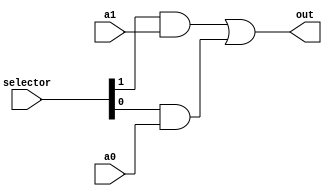
//=============================================
// 2-Channel, n-Bit Multiplexer with One-Hot Selector
//=============================================
//  parameter just lets us use a preprocessor directive to set 
//  a different value for BUS_WIDTH
//  1 is the default value
module Mux2 #(parameter BUS_WIDTH = 1) (a1, a0, selector, out);
	input [BUS_WIDTH-1:0] a1, a0;  // inputs
	input [1:0] selector; // one-hot select
	output[BUS_WIDTH-1:0] out;

	assign out = ({BUS_WIDTH{selector[1]}} & a1) |
                 ({BUS_WIDTH{selector[0]}} & a0) ;
endmodule


//=============================================
// 4-Channel, n-Bit Multiplexer with One-Hot Selector
//=============================================
//  parameter just lets us use a preprocessor directive to set 
//  a different value for BUS_WIDTH
//  1 is the default value
module Mux4 #(parameter BUS_WIDTH = 1) (a3, a2, a1, a0, selector, out);
	input [BUS_WIDTH-1:0] a3, a2, a1, a0;  // inputs
	input [3:0] selector; // one-hot select
	output[BUS_WIDTH-1:0] out;

	assign out = ({BUS_WIDTH{selector[3]}} & a3) | 
                 ({BUS_WIDTH{selector[2]}} & a2) | 
                 ({BUS_WIDTH{selector[1]}} & a1) |
                 ({BUS_WIDTH{selector[0]}} & a0) ;
endmodule